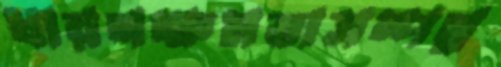
ধারণক্ষমতাসম্পন্ন